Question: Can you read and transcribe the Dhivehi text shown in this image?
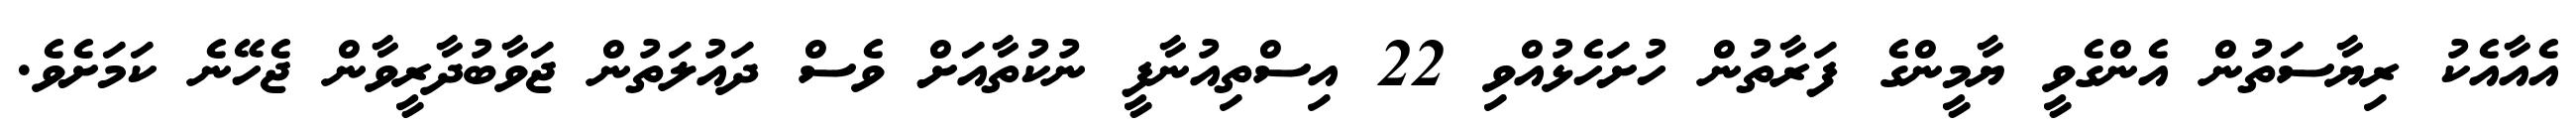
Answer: އެއާއެކު ރިޔާސަތުން އެންގެވީ ޔާމީންގެ ފަރާތުން ހުށަހެޅުއްވި 22 އިސްތިއުނާފީ ނުކުތާއަށް ވެސް ދައުލަތުން ޖަވާބުދާރީވާން ޖެހޭނެ ކަމަށެވެ.